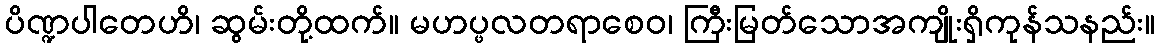
ပိဏ္ဍပါတေဟိ၊ ဆွမ်းတို့ထက်။ မဟပ္ဖလတရာစေဝ၊ ကြီးမြတ်သောအကျိုးရှိကုန်သနည်း။